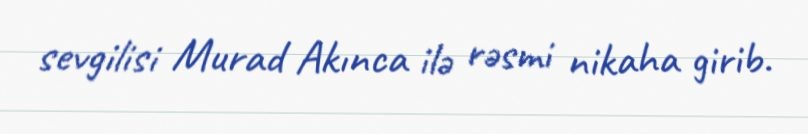
sevgilisi Murad Akınca ilə rəsmi nikaha girib.